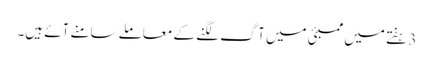
3 ہفتے میں ممبئی میں آگ لگنے کے معاملے سامنے آئے ہیں۔